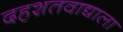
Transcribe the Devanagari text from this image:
दहशतवाद्याला